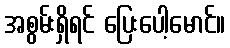
အစွမ်းရှိရင် ပြေးပေါ့မောင်။